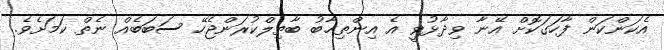
އެކަންކަން ފާހަގަކޮށް އޭނާ ވިދާޅުވީ އެ އިންތިޚާބު ބާތިލްކުރަންޖެހޭ ސަބަބެއް ނެތް ކަމަށެވެ.